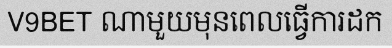
V9BET ណាមួយមុនពេលធ្វើការដក